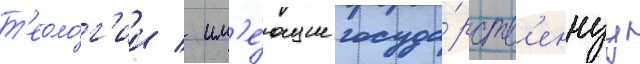
т'еоло́г'ии / им'е́ющие госуда́рств'еннуу